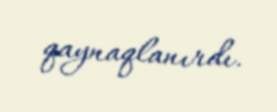
qaynaqlanırdı.